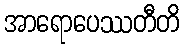
အာရောပေဿတီတိ